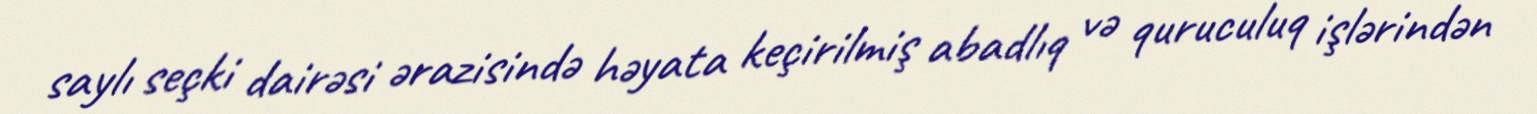
saylı seçki dairəsi ərazisində həyata keçirilmiş abadlıq və quruculuq işlərindən